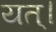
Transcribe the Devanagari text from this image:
यत्।